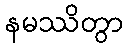
နမဿိတွာ